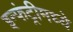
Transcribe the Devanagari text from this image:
इन्फंट्रीमध्ये